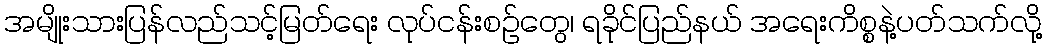
အမျိုးသားပြန်လည်သင့်မြတ်ရေး လုပ်ငန်းစဉ်တွေ၊ ရခိုင်ပြည်နယ် အရေးကိစ္စနဲ့ပတ်သက်လို့